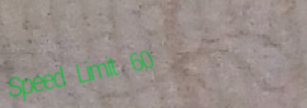
Speed Limit 60